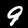
Digit: 9